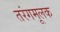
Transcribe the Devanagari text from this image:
तरंगमूलक